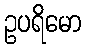
ဥပရိမော